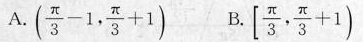
A.$$( \frac { π } { 3 } - 1 ) , \frac { π } { 3 } + 1 )$$ B.$$[ \frac { π } { 3 } , \frac { π } { 3 } + 1 )$$